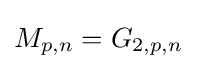
M_{p,n}=G_{2,p,n}